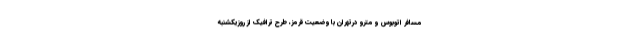
مسافر اتوبوس و مترو درتهران با وضعیت قرمز، طرح ترافیک از روزیکشنبه